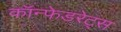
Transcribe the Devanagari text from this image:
कॉन्फेडरेट्स